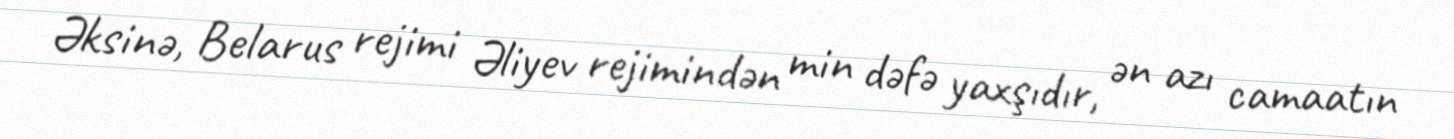
Əksinə, Belarus rejimi Əliyev rejimindən min dəfə yaxşıdır, ən azı camaatın